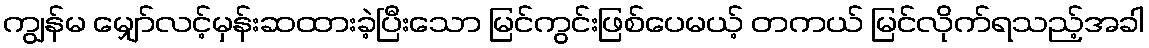
ကျွန်မ မျှော်လင့်မှန်းဆထားခဲ့ပြီးသော မြင်ကွင်းဖြစ်ပေမယ့် တကယ် မြင်လိုက်ရသည့်အခါ